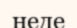
неде